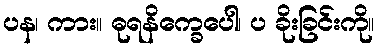
ပန၊ ကား။ ဓုရနိက္ခေပေါ၊ ပ ခိုးခြင်းကို။